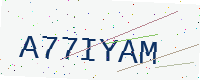
Text: A77IYAM